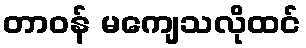
တာဝန် မကျေသလိုထင်